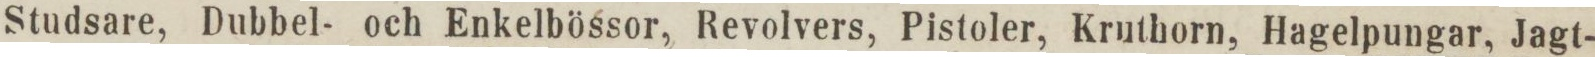
Studsare, Dubbel- och Enkelbössor, Revolvers, Pistoler, Kruthorn, Hagelpungar, Jagt-